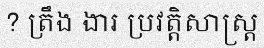
? ត្រឹង ងារ ប្រវត្តិសាស្ត្រ